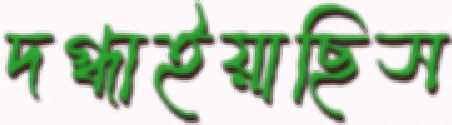
দগ্ধাইয়াছিস